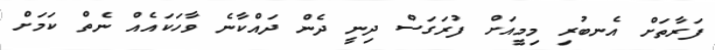
ފަރާތަށް އެނބުރި މިމީއަށް ފުރަގަސް ދިނީ ދެން ދައްކާނެ ވާހަކައެއް ނެތް ކަމަށް